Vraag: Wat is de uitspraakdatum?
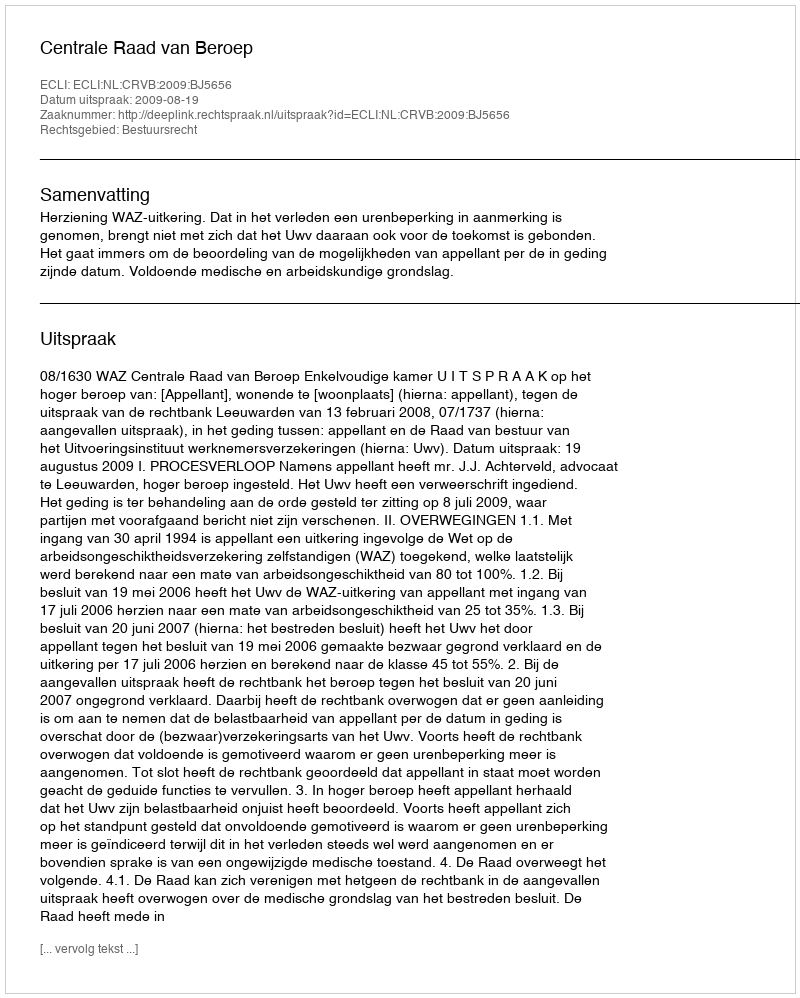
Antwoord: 2009-08-19